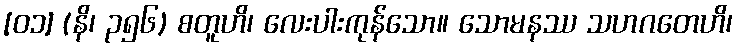
[၀၁] (နိ၊ ၃၅၆) စတူဟိ၊ လေးပါးကုန်သော။ သောမနဿ သဟဂတေဟိ၊